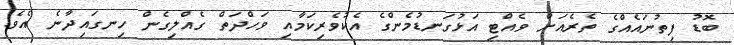
ބޮޑު ފިތުނައެއްގެ ތެރެއަށް ވެއްޓި އަޅުގަނޑުމެންގެ އެކުވެރިކަމާއި ވަހްދަތް ގެއްލިގެން ހިނގައިދާނެ އެވެ.